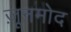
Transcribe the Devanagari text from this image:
ज़ूनमोद